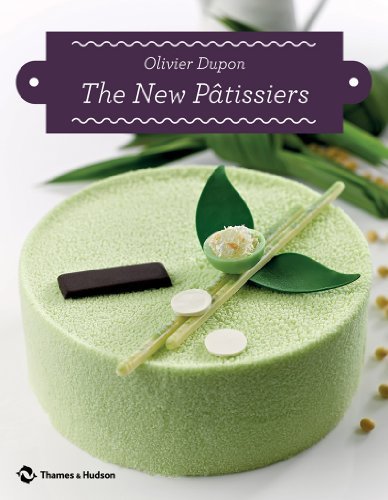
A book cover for The New PÃ¢tissiers; Olivier Dupon; Cookbooks, Food & Wine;